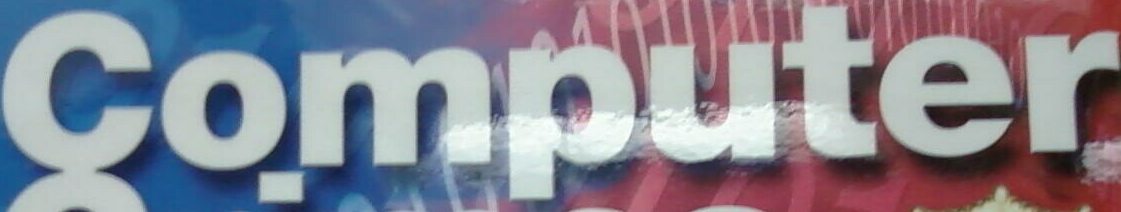
Computer